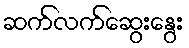
ဆက်လက်ဆွေးနွေး